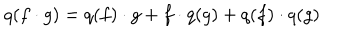
LaTeX: q ( f \cdot g ) = q ( f ) \cdot g + f \cdot q ( g ) + q ( f ) \cdot q ( g )